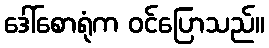
ဒေါ်စောရုံက ဝင်ပြောသည်။